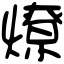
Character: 燎